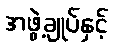
အဖွဲ့ချုပ်နှင့်